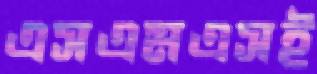
এসএমএসই